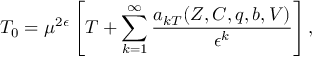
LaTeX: T _ { 0 } = \mu ^ { 2 \epsilon } \left[ T + \sum _ { k = 1 } ^ { \infty } \frac { a _ { k T } ( Z , C , q , b , V ) } { \epsilon ^ { k } } \right] ,